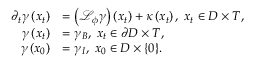
\begin{array} { r l } { \partial _ { t } \gamma \left( x _ { t } \right) } & { = \left( \mathcal { L } _ { \phi } \gamma \right) \left( x _ { t } \right) + \kappa \left( x _ { t } \right) , \; x _ { t } \in D \times T , } \\ { \gamma \left( x _ { t } \right) } & { = \gamma _ { B } , \; x _ { t } \in \partial D \times T , } \\ { \gamma \left( x _ { 0 } \right) } & { = \gamma _ { I } , \; x _ { 0 } \in D \times \{ 0 \} . } \end{array}